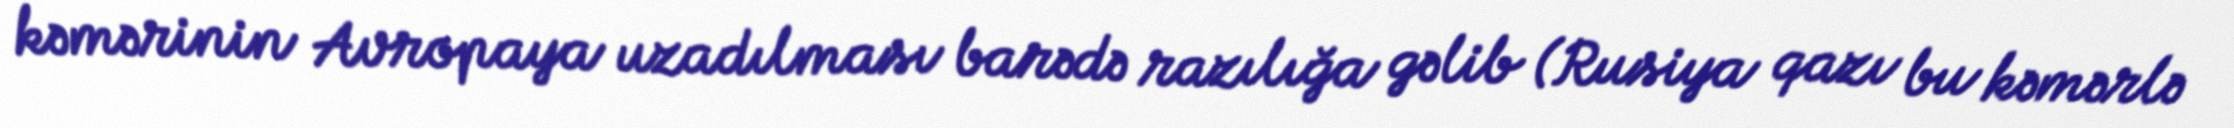
kəmərinin Avropaya uzadılması barədə razılığa gəlib (Rusiya qazı bu kəmərlə